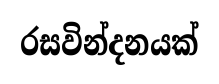
රසවින්දනයක්